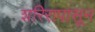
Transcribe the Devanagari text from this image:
शरिरापासून